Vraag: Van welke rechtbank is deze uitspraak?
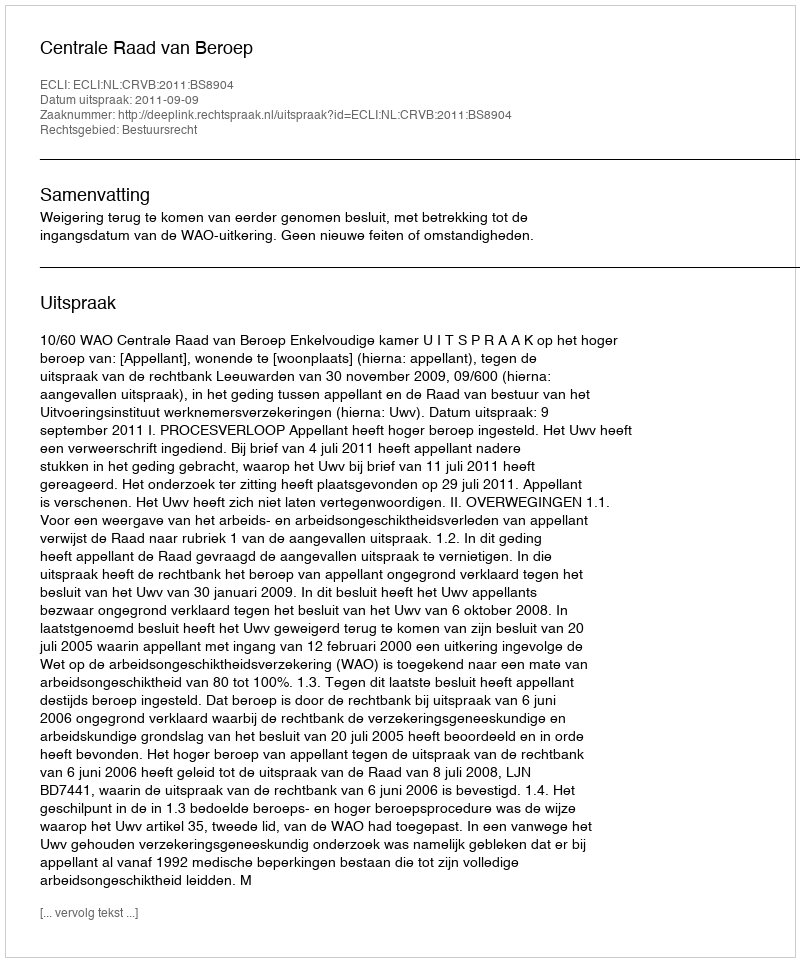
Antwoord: Centrale Raad van Beroep